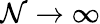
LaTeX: \mathcal{N}\to\infty